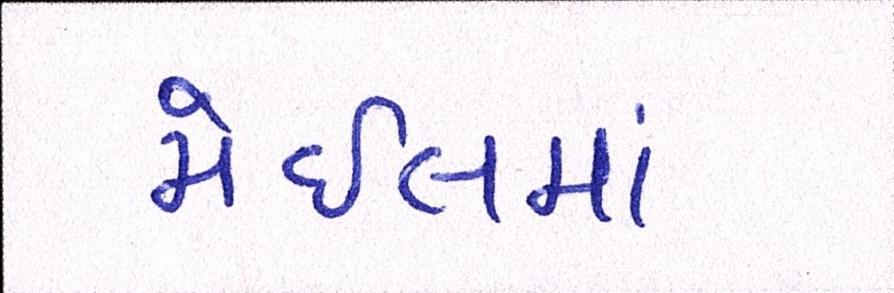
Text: મેઇલમાં